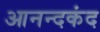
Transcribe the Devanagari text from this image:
आनन्‍दकंद